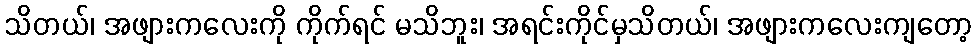
သိတယ်၊ အဖျားကလေးကို ကိုက်ရင် မသိဘူး၊ အရင်းကိုင်မှသိတယ်၊ အဖျားကလေးကျတော့